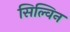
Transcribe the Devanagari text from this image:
सिल्विन